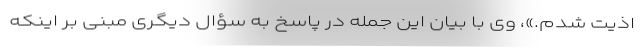
اذیت شدم.»، وی با بیان این جمله در پاسخ به سؤال دیگری مبنی بر اینکه